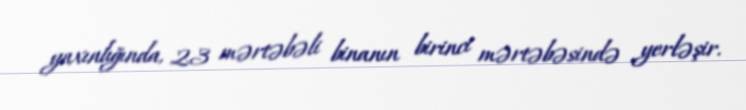
yaxınlığında, 23 mərtəbəli binanın birinci mərtəbəsində yerləşir.